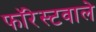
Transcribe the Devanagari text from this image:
फॉरेस्टवाले